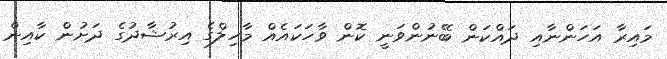
މައިރާ އަހަންނާއި ދައްކަން ބޭނުންވަނީ ކޮން ވާހަކައެއް މާހިލްގެ އިރުޝާދުގެ ދަށުން ކާއިން